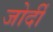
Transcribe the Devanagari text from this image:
जोर्दी